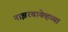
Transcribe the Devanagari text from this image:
नाझरबायेव्हच्या